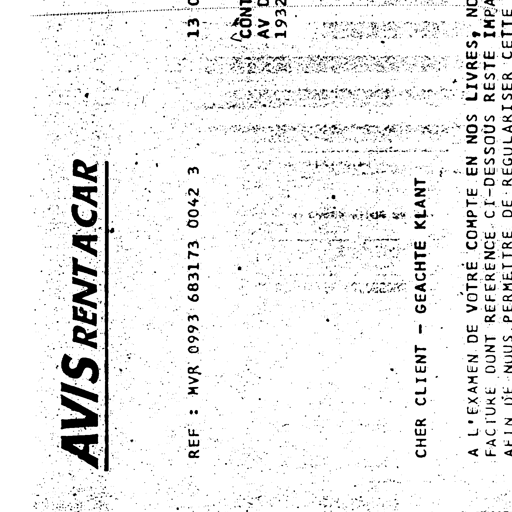
13
CONT
AV
1932
AVIS RENT A CAR
REF : MVR 0993 683173 0042 3
CHER CLIENT - GEACHTE KLANT
A L'EXAMEN DE VOTRE COMPTE EN NOS LIVRES, NO
FACTURE DONT REFERENCE CI-DESSOUS RESTE IMPA
AFIN DE NOUS PERMETTRE DE REGULARISER CETTE